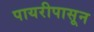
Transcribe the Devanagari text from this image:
पायरीपासून